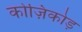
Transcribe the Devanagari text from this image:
कोज़िकोड़